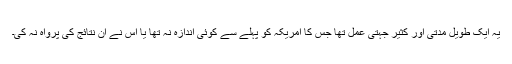
یہ ایک طویل مدتی اور کثیر جہتی عمل تھا جس کا امریکہ کو پہلے سے کوئی اندازہ نہ تھا یا اس نے ان نتائج کی پرواہ نہ کی۔